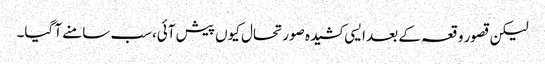
لیکن قصور وقعہ کے بعد ایسی کشیدہ صورتحال کیوں پیش آئی،سب سامنے آ گیا۔